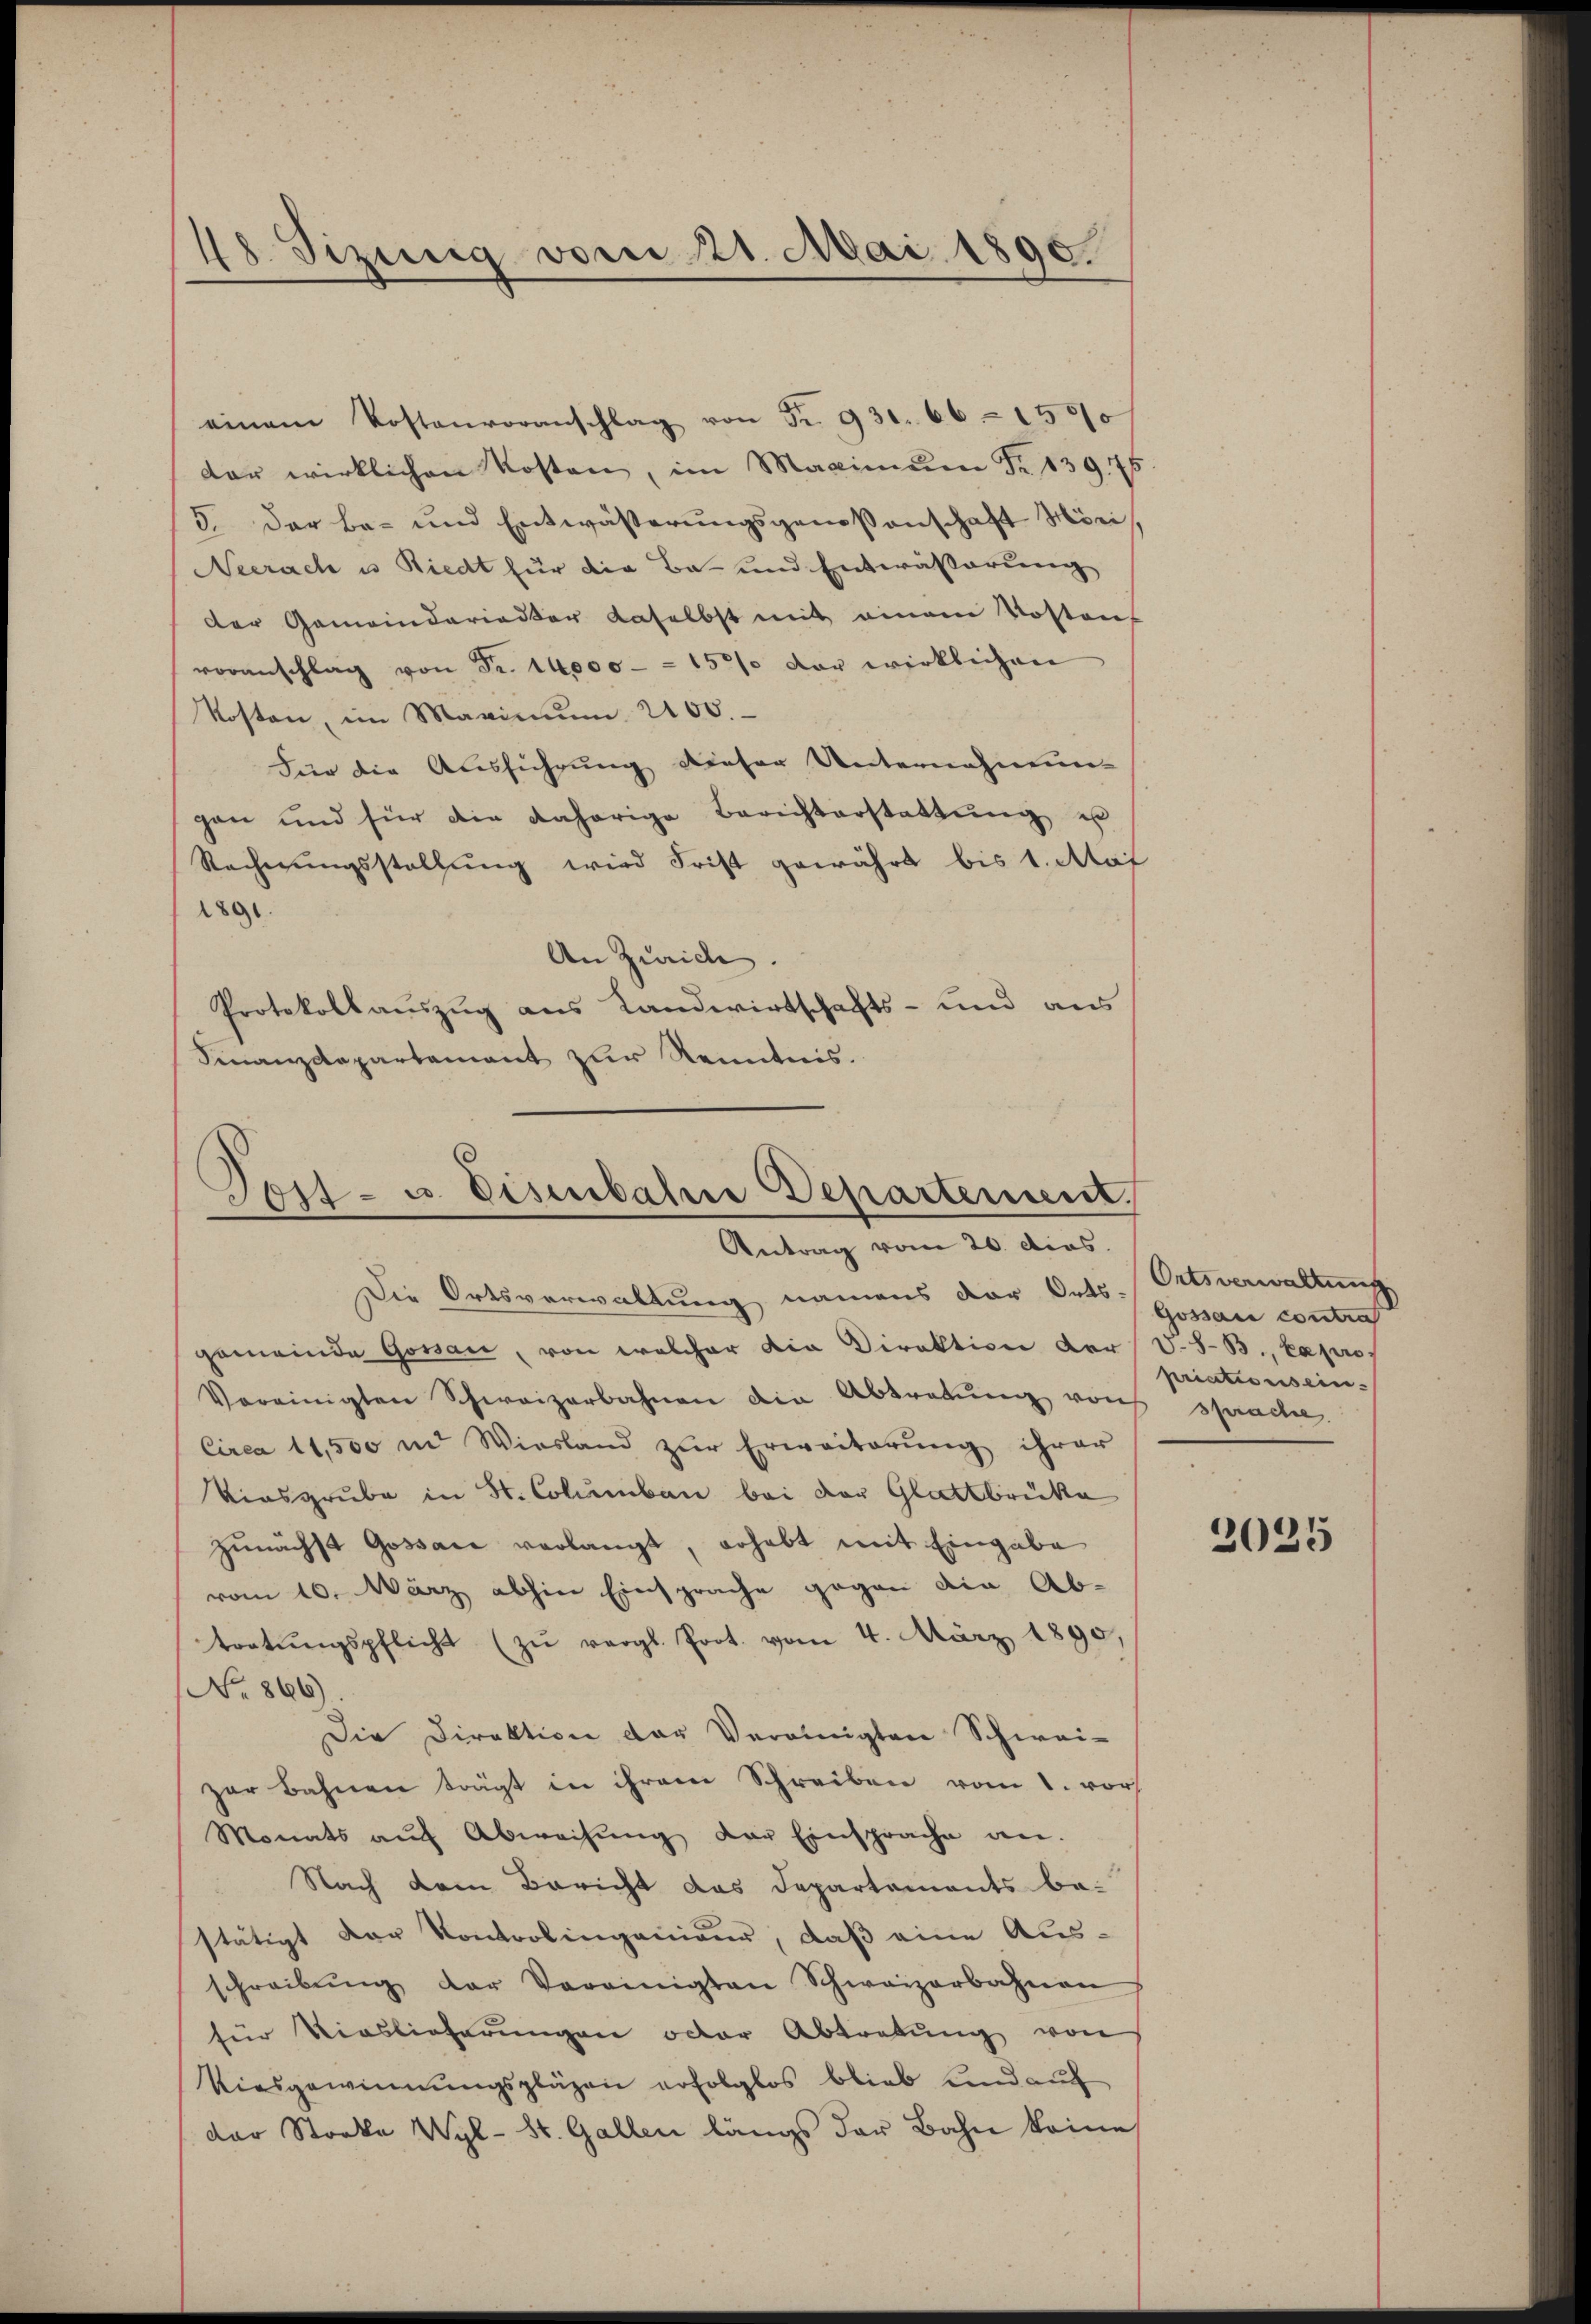
48. Sizung vom 21. Mai 1890.

einem Postenvoranschlag von Fr. 930. 66. 1500
dar wirklichen Kosten, im Maximum Fr. 13975
3. Der be- und Entwässerungsgenoßenschaft Möri,
Neerach u Riedt für die Ba- und Entwässerung
der Gemeinderiadter daselbst mit einem Kostenf
voranschlag von Fr. 14000 - - 15% der wirklichen
Kosten, im Maximum 2100.
Für die Ausführung dieser Unternahmun-
gan und für die daherige Berichterstattung u
Rechnŭngsstellung wird Frist gewährt bis 1. Mai
1891
An Zürich.
Protokollauszug aus Landwirtschafts- und aus
Finanzdepartement zur Kenntnis.

Post- u. Eisenbahne Departement,
Antrag vom 20. dies.

Die Ortsverwaltung namens der Orts-Ortsverwaltung
gemeinde Gossau, von welcher die Direktion der V.S.B., kapro-
Vereinigten Schweizerbahnen die Abtretŭng von sprache.
Circa 11,500 in Wiesland zŭr Erweiterŭng ihrer
Viesgrube in St. Columbau bei der Glattbrücke
zunächst Gossare verlangt, erhebt mit Eingabe
vom 10. März abhin Einsprache gegen die Ab-
tratŭngspflicht (zu vergl. Prot. vom 4. März 1890,
No 866).
Die Direktion der Vereinigten Schwei-
zar Bahnen trägt in ihrem Schreiben vom 1. vor
Monats aŭf Abweisŭng der Einsprache an.
Nach dem Bericht das Departements bestätigt der Kontrolingenieur, daß eine Aus-
schreibŭng der Vereinigten Schweizerbahnen
für Vieslieferungen oder Abtretung von
Kiesgewinnungsplägen erfolglos blieb und auf
der Stocke Wyl- St. Gallen längs der Bahn keine

Gossau contra
priationis ein.

2025